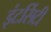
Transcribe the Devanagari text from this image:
इंटर्सिटी